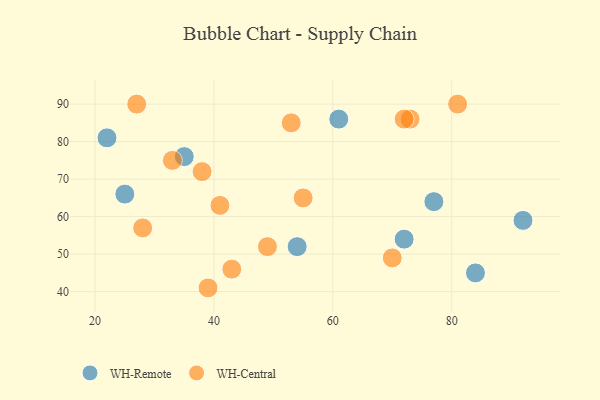
{"axis": {"x": "GDP", "y": "Life Expectancy"}, "legend": ["WH-Central", "WH-Remote"], "data": [{"x": "25", "y": 66, "type": "WH-Remote"}, {"x": "54", "y": 52, "type": "WH-Remote"}, {"x": "35", "y": 76, "type": "WH-Remote"}, {"x": "84", "y": 45, "type": "WH-Remote"}, {"x": "22", "y": 81, "type": "WH-Remote"}, {"x": "77", "y": 64, "type": "WH-Remote"}, {"x": "61", "y": 86, "type": "WH-Remote"}, {"x": "72", "y": 54, "type": "WH-Remote"}, {"x": "92", "y": 59, "type": "WH-Remote"}, {"x": "43", "y": 46, "type": "WH-Central"}, {"x": "73", "y": 86, "type": "WH-Central"}, {"x": "38", "y": 72, "type": "WH-Central"}, {"x": "70", "y": 49, "type": "WH-Central"}, {"x": "27", "y": 90, "type": "WH-Central"}, {"x": "28", "y": 57, "type": "WH-Central"}, {"x": "33", "y": 75, "type": "WH-Central"}, {"x": "41", "y": 63, "type": "WH-Central"}, {"x": "53", "y": 85, "type": "WH-Central"}, {"x": "39", "y": 41, "type": "WH-Central"}, {"x": "72", "y": 86, "type": "WH-Central"}, {"x": "55", "y": 65, "type": "WH-Central"}, {"x": "81", "y": 90, "type": "WH-Central"}, {"x": "49", "y": 52, "type": "WH-Central"}]}